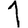
Digit: 1